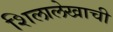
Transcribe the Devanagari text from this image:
शिलालेखाची